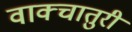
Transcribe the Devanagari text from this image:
वाक्चातुरी